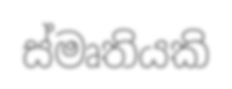
ස්මෘතියකි